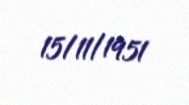
15/11/1951